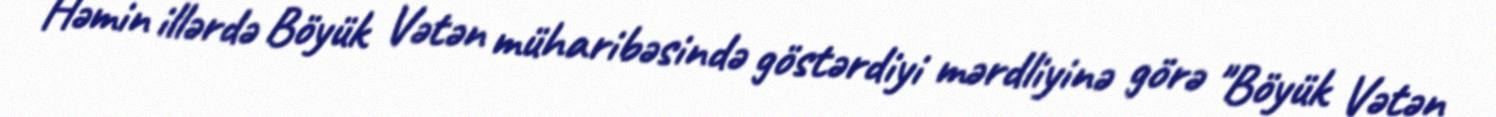
Həmin illərdə Böyük Vətən müharibəsində göstərdiyi mərdliyinə görə "Böyük Vətən